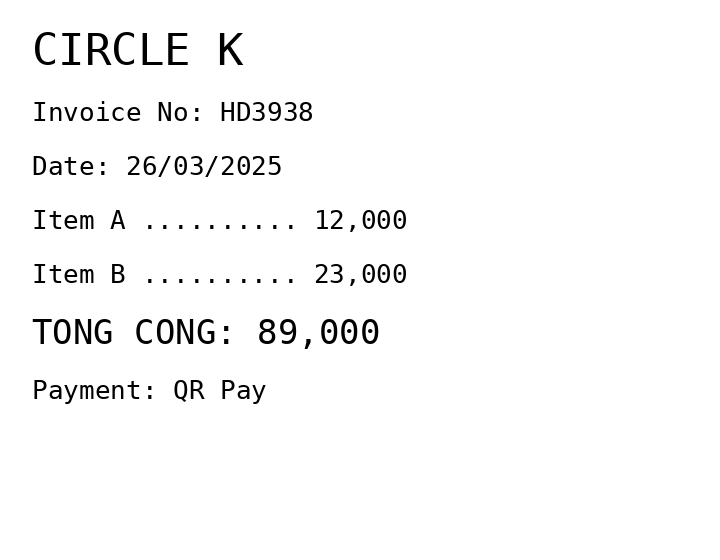
CIRCLE K
Invoice No: HD3938
Date: 26/03/2025
Item A .......... 12,000
Item B .......... 23,000
TONG CONG: 89,000
Payment: QR Pay
Merchant: circle k
Date: 2025-03-26
Total: 89000
Invoice No: HD3938
Payment method: QR